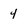
Character: 4